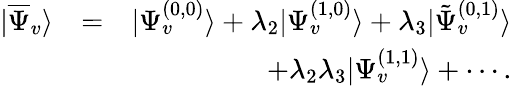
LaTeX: \begin{array}{rlr}{|\overline{{\Psi}}_{v}\rangle}&{=}&{|\Psi_{v}^{(0,0)}\rangle+\lambda_{2}|\Psi_{v}^{(1,0)}\rangle+\lambda_{3}|\tilde{\Psi}_{v}^{(0,1)}\rangle}\\ &{}&{+\lambda_{2}\lambda_{3}|\Psi_{v}^{(1,1)}\rangle+\cdots.}\end{array}